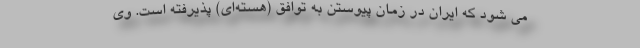
می شود که ایران در زمان پیوستن به توافق (هسته‌ای) پذیرفته است. وی